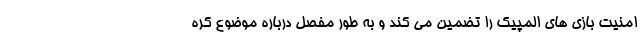
امنیت بازی های المپیک را تضمین می کند و به طور مفصل درباره موضوع کره